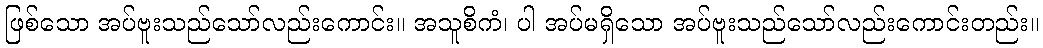
ဖြစ်သော အပ်ဗူးသည်သော်လည်းကောင်း။ အသူစိကံ၊ ပါ အပ်မရှိသော အပ်ဗူးသည်သော်လည်းကောင်းတည်း။